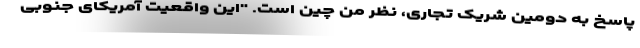
پاسخ به دومین شریک تجاری، نظر من چین است. "این واقعیت آمریکای جنوبی